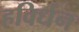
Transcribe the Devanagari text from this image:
हविर्धन